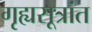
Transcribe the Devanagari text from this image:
गृह्यसूत्रांत